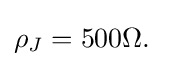
\rho _{J}=500\Omega .\